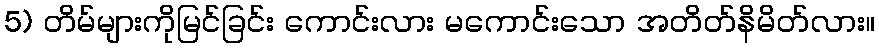
5) တိမ်များကိုမြင်ခြင်း ကောင်းလား မကောင်းသော အတိတ်နိမိတ်လား။